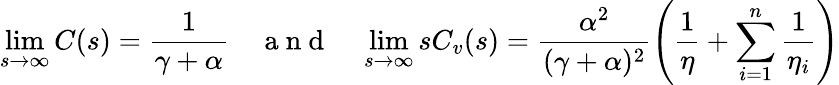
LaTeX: \operatorname*{lim}_{s\to\infty}C(s)=\frac{1}{\gamma+\alpha}\quad\mathrm{~a~n~d~}\quad\operatorname*{lim}_{s\to\infty}sC_{v}(s)=\frac{\alpha^{2}}{(\gamma+\alpha)^{2}}\left(\frac{1}{\eta}+\sum_{i=1}^{n}\frac{1}{\eta_{i}}\right)